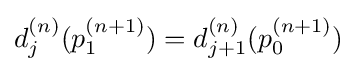
d_{j}^{(n)}(p_{1}^{(n+1)})=d_{j+1}^{(n)}(p_{0}^{(n+1)})